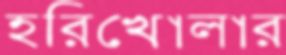
হরিখোলার